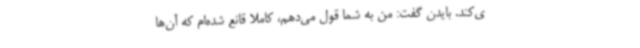
ی‌کند. بایدن گفت: من به شما قول می‌دهم، کاملا قانع شده‌ام که آن‌ها